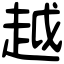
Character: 越